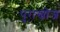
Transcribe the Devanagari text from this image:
पुराखोज